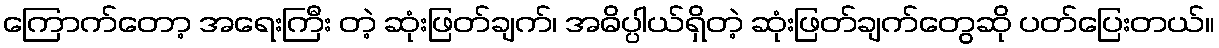
ကြောက်တော့ အရေးကြီး တဲ့ ဆုံးဖြတ်ချက်၊ အဓိပ္ပါယ်ရှိတဲ့ ဆုံးဖြတ်ချက်တွေဆို ပတ်ပြေးတယ်။